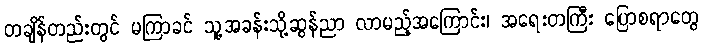
တချိန်တည်းတွင် မကြာခင် သူ့အခန်းသို့ဆွန်ညာ လာမည့်အကြောင်း၊ အရေးတကြီး ပြောစရာတွေ